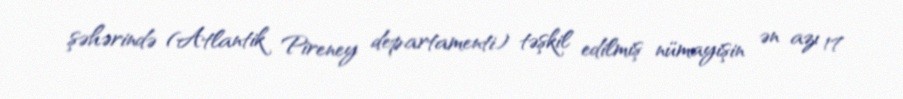
şəhərində (Atlantik Pireney departamenti) təşkil edilmiş nümayişin ən azı 17